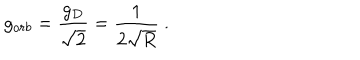
LaTeX: g _ { o r b } = \frac { g _ { D } } { \sqrt { 2 } } = \frac { 1 } { 2 \sqrt { R } } \ .